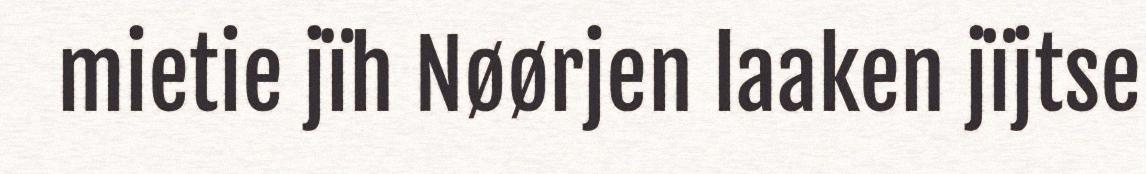
mietie jïh Nøørjen laaken jïjtse